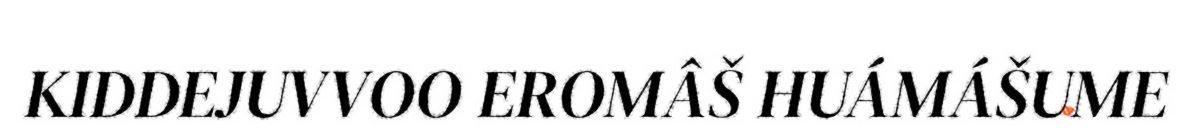
KIDDEJUVVOO EROMÂŠ HUÁMÁŠUME